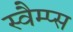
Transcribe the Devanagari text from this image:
स्वैम्प्स